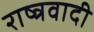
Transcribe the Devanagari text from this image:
राष्त्रवादी